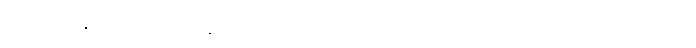
စံပယ်ဖြူနု စတဲ့ သရုပ်မှန်လိုင်းက စာရေးဆရာမတွေလည်း အများအပြား ရှိပါတယ်။